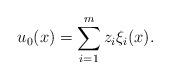
LaTeX: \begin{align*} u_0(x)=\sum_{i=1}^{m} z_i\xi_i(x). \end{align*}